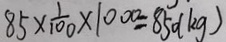
8 5 \times \frac { 1 } { 1 0 0 } \times 1 0 0 0 = 8 5 0 ( k g )